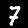
Label: 7